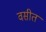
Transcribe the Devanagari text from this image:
वसीत